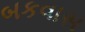
બકવાસ